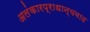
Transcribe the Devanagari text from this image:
अलंकारप्राधान्यवाद